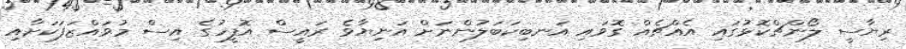
ރިޔާސީ ލޯންޗްކޮޅުގައި އެއްޗެއް ގޮވައި އަނބިކަބަލުންނަށް އަނިޔާވެ ރައީސް އޮފީހުގެ އިސް މުވައްޒަފަކަށާއި